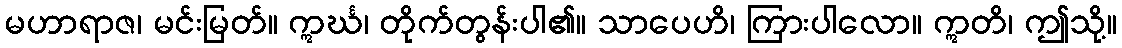
မဟာရာဇ၊ မင်းမြတ်။ ဣင်္ဃ၊ တိုက်တွန်းပါ၏။ သာပေဟိ၊ ကြားပါလော။ ဣတိ၊ ဤသို့။